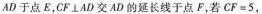
AD于点E，CF\botAD交AD的延长线于点F，若$$C F = 5$$，